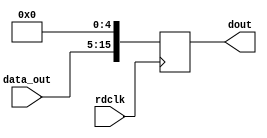
`timescale 1ns / 1ps
//////////////////////////////////////////////////////////////////////////////////
// Company: 		Analog Devices, Inc.
// 
// Design Name: 
// Module Name:   usb_out.v 
// Project Name:	AD6657
// Target Devices: 
// Tool versions: 10.1.2
// Description: 	send data to USB controller
//					
// Dependencies: 
//
// Revision 0.01 - File Created
// Revision: 
// Additional Comments: 
//
//////////////////////////////////////////////////////////////////////////////////

module usb_out (rdclk, data_out, dout);

input rdclk;
input [10:0] data_out;

output reg [15:0] dout;

// send data out to USB chip
always @(posedge rdclk)
	dout <= {data_out, 5'b0};

endmodule